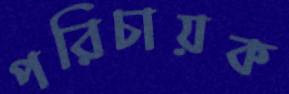
পরিচায়ক